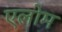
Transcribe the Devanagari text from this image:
एलोम